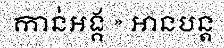
កាន់អង្គ » អានបន្ត